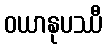
ဝယာနုပဿီ